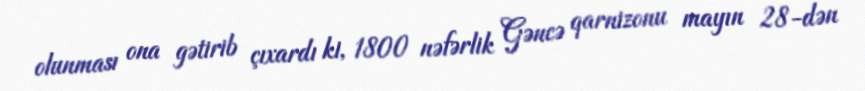
olunması ona gətirib çıxardı ki, 1800 nəfərlik Gəncə qarnizonu mayın 28-dən